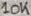
Text: 10K